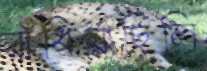
রাঁধিয়াছিলি